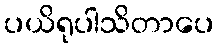
ပယိရုပါသိတာပေ